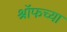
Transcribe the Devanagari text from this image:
श्रॉफच्या